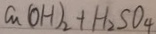
C u ( O H ) _ { 2 } + H _ { 2 } S O _ { 4 }